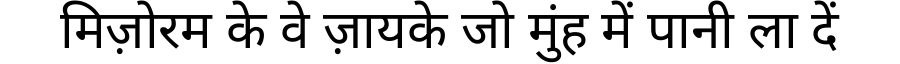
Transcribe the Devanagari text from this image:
मिज़ोरम के वे ज़ायके जो मुंह में पानी ला दें